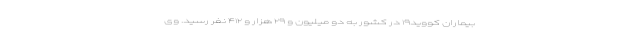
بیماران کووید۱۹ در کشور به دو میلیون و ۲۹ هزار و ۴۱۲ نفر رسید. وی